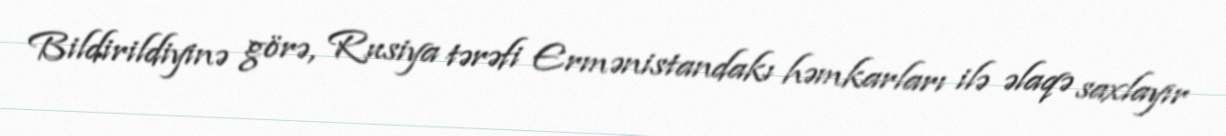
Bildirildiyinə görə, Rusiya tərəfi Ermənistandakı həmkarları ilə əlaqə saxlayır